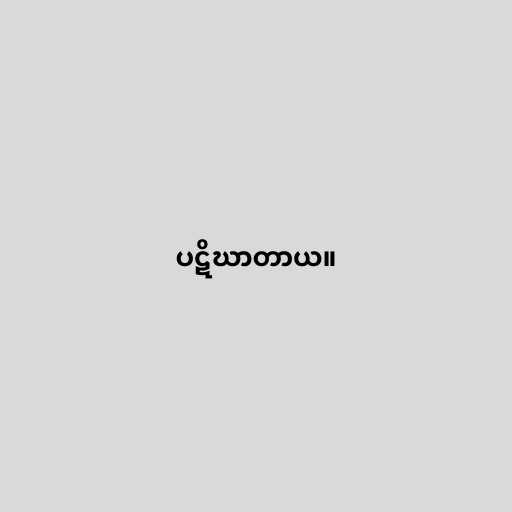
ပဋိဃာတာယ။